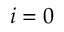
\ { i = 0 }